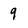
Character: 9